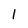
Character: l